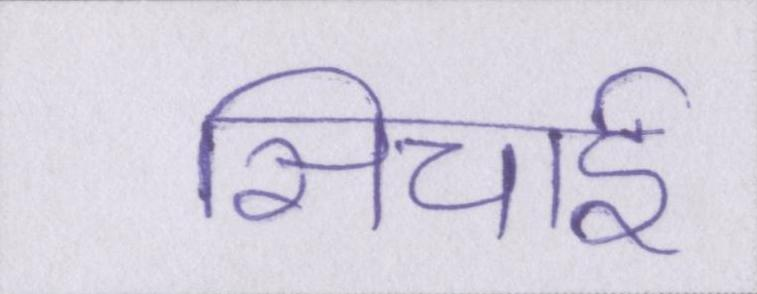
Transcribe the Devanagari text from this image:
सिचाई